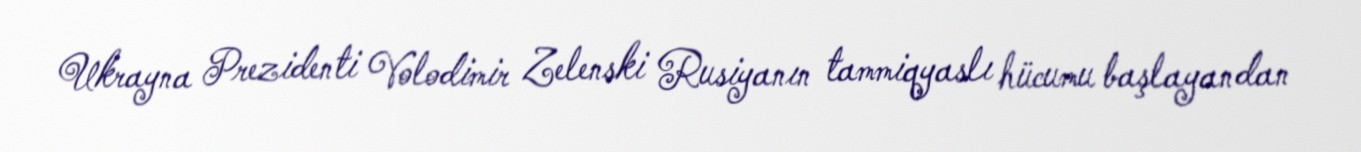
Ukrayna Prezidenti Volodimir Zelenski Rusiyanın tammiqyaslı hücumu başlayandan